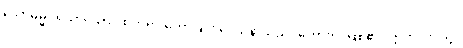
သောဓမ္မပရိယာယော၊ ထိုတရားဟောခြင်း ဒေသနာသည်။ ဟောတိ၊ ဖြစ်၏။ ဣတိ၊ ဤသို့။